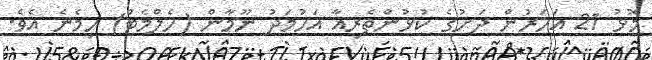
މޮޅު 21 އަހަރުން ދަށުގެ ކުޅުންތެރިއާ އަހުމަދު ނޫމާން (ހެލްމެޓް) ހިމެނެ އެވެ.